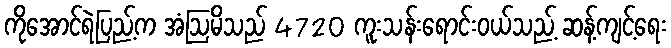
ကိုအောင်ရဲပြည့်က အံဩမိသည် 4720 ကူးသန်းရောင်းဝယ်သည့် ဆန့်ကျင့်ရေး